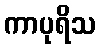
ကာပုရိသ